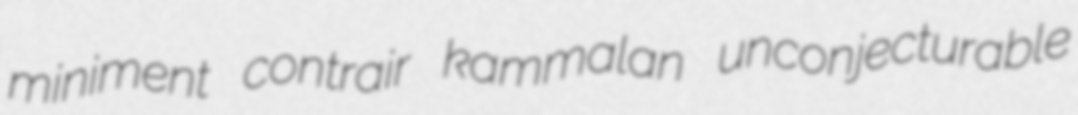
miniment contrair kammalan unconjecturable